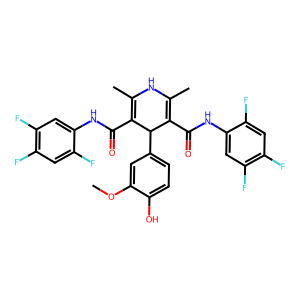
SMILES: COc1cc(C2C(C(=O)Nc3cc(F)c(F)cc3F)=C(C)NC(C)=C2C(=O)Nc2cc(F)c(F)cc2F)ccc1O
Inhibits HIV replication: No